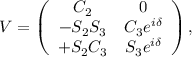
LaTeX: V = \left( \begin{array} { c c } { { C _ { 2 } } } & { { 0 } } \\ { { - S _ { 2 } S _ { 3 } } } & { { C _ { 3 } e ^ { i \delta } } } \\ { { + S _ { 2 } C _ { 3 } } } & { { S _ { 3 } e ^ { i \delta } } } \end{array} \right) ,